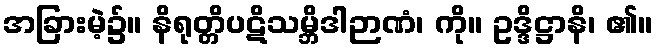
အခြားမဲ့၌။ နိရုတ္တိပဋိသမ္ဘိဒါဉာဏံ၊ ကို။ ဥဒ္ဒိဋ္ဌာနိ၊ ၏။